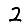
Digit: 2